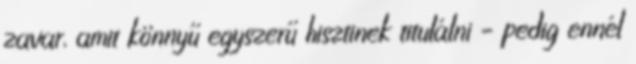
zavar, amit könnyű egyszerű hisztinek titulálni – pedig ennél